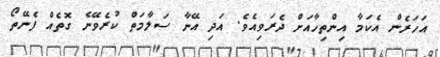
އަހަރެން އެކަމާ އިންތިހާއަށް ދެރަވިއެވެ. އަދި އޭނާ ސަލާމަތް ކުރެވޭނެ ގޮތެއް ފެނޭތޯ